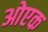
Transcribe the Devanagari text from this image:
ओएक